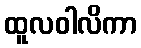
ထူလဝါလိကာ